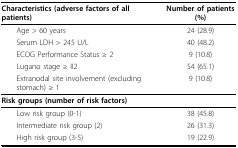
| Characteristics (adverse factors of all patients) | Number of patients (%) |
 | --- | --- |
 | Age > 60 years | 24 (28.9) |
 | Serum LDH > 245 U/L | 40 (48.2) |
 | ECOG Performance Status ≥ 2 | 9 (10.8) |
 | Lugano stage ≥ II2 | 54 (65.1) |
 | Extranodal site involvement (excluding stomach) ≥ 1 | 9 (10.8) |
 | Risk groups (number of risk factors) |  |
 | Low risk group (0-1) | 38 (45.8) |
 | Intermediate risk group (2) | 26 (31.3) |
 | High risk group (3-5) | 19 (22.9) |